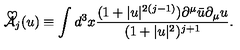
\mathrm { \cal { \tilde { A } } } _ { j } ( u ) \equiv \int d ^ { 3 } x \frac { ( 1 + | u | ^ { 2 ( j - 1 ) } ) \partial ^ { \mu } \bar { u } \partial _ { \mu } u } { ( 1 + | u | ^ { 2 } ) ^ { j + 1 } } .